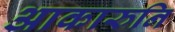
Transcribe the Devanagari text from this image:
आकारुनि